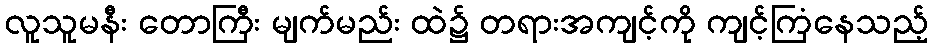
လူသူမနီး တောကြီး မျက်မည်း ထဲ၌ တရားအကျင့်ကို ကျင့်ကြံနေသည့်